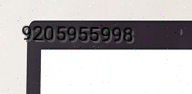
9205955998